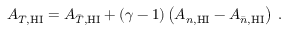
A _ { T , \mathrm { H I } } = A _ { \bar { T } , \mathrm { H I } } + ( \gamma - 1 ) \left( A _ { n , \mathrm { H I } } - A _ { \bar { n } , \mathrm { H I } } \right) \; .